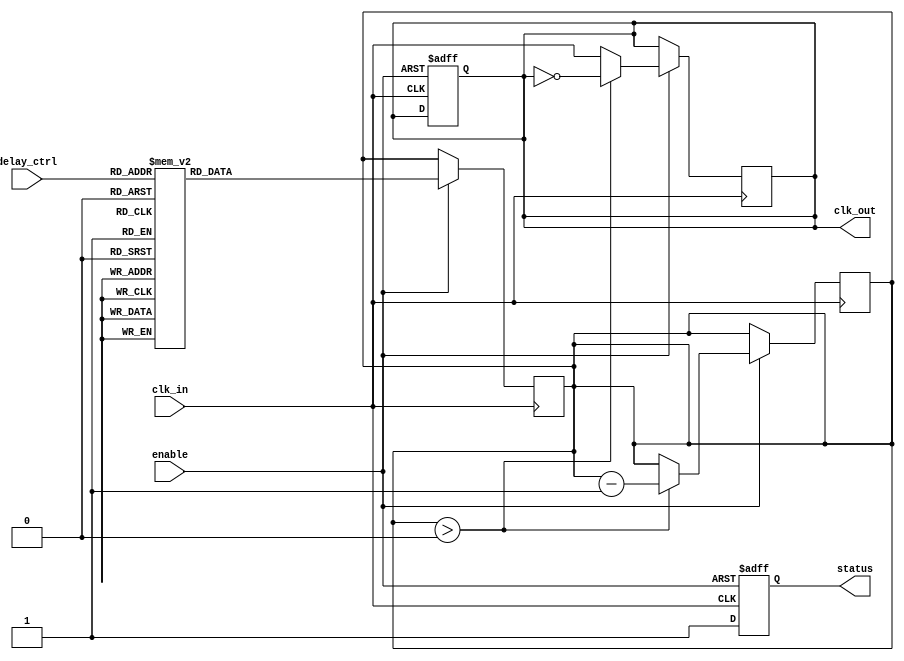
module DelayClockBuffer (
    input wire clk_in,          // Clock input
    input wire [2:0] delay_ctrl, // Delay control (3-bit for 8 different delay settings)
    input wire enable,          // Enable signal
    output reg clk_out,         // Delayed clock output
    output reg status           // Status output
);

    // Internal signal to hold the delayed clock
    reg [2:0] delay_counter;    // Counter to simulate delay

    // Clock generation process
    always @(posedge clk_in or negedge enable) begin
        if (!enable) begin
            clk_out <= 1'b0;     // Hold output low when disabled
            status <= 1'b0;      // Buffer is disabled
        end else begin
            status <= 1'b1;      // Buffer is enabled
            case (delay_ctrl)
                3'b000: delay_counter <= 3'd0;  // No delay
                3'b001: delay_counter <= 3'd1;  // 1 clock cycle delay
                3'b010: delay_counter <= 3'd2;  // 2 clock cycles delay
                3'b011: delay_counter <= 3'd3;  // 3 clock cycles delay
                3'b100: delay_counter <= 3'd4;  // 4 clock cycles delay
                3'b101: delay_counter <= 3'd5;  // 5 clock cycles delay
                3'b110: delay_counter <= 3'd6;  // 6 clock cycles delay
                3'b111: delay_counter <= 3'd7;  // 7 clock cycles delay
                default: delay_counter <= 3'd0;  // Default to no delay
            endcase
        end
    end

    // Output clock generation with delay
    always @(posedge clk_in) begin
        if (enable) begin
            // Generate delayed clock based on the delay_counter
            if (delay_counter > 0) begin
                clk_out <= clk_out; // Hold the current state
                #1; // Simulate delay (adjust as necessary)
                clk_out <= ~clk_out; // Toggle the output clock
                delay_counter <= delay_counter - 1; // Decrement delay counter
            end else begin
                clk_out <= clk_in; // Directly pass the input clock when no delay
            end
        end
    end

endmodule